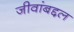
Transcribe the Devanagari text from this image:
जीवांबद्दल